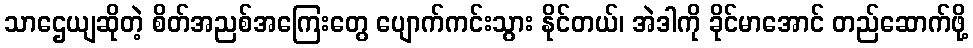
သာဌေယျဆိုတဲ့ စိတ်အညစ်အကြေးတွေ ပျောက်ကင်းသွား နိုင်တယ်၊ အဲဒါကို ခိုင်မာအောင် တည်ဆောက်ဖို့